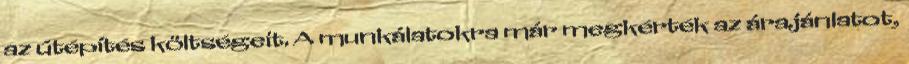
az útépítés költségeit. A munkálatokra már megkérték az árajánlatot,